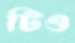
টিও